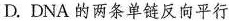
D.DNA的两条单链反向平行